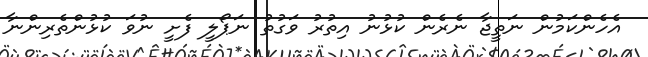
އެހެންކަމުން ނަތީޖާ ނެރެން ކުޅުނު އިތުރު ވަގުތު ނަޕޯލީ ފެށީ ނުވަ ކުޅުންތެރިންނާ